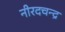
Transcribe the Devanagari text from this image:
नीरदचन्द्र